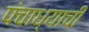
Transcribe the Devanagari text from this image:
पंचाध्याची